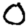
Digit: 0